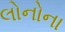
લોનોના